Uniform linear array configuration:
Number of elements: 4
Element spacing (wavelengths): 0.75
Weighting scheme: hamming
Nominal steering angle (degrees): -45
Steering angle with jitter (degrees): -43.633
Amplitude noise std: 0.05
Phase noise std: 0.05

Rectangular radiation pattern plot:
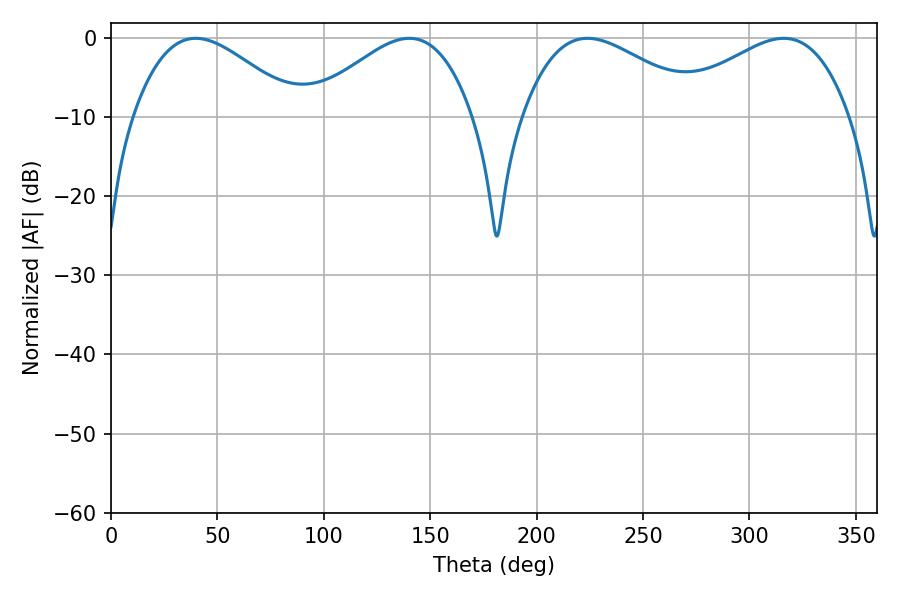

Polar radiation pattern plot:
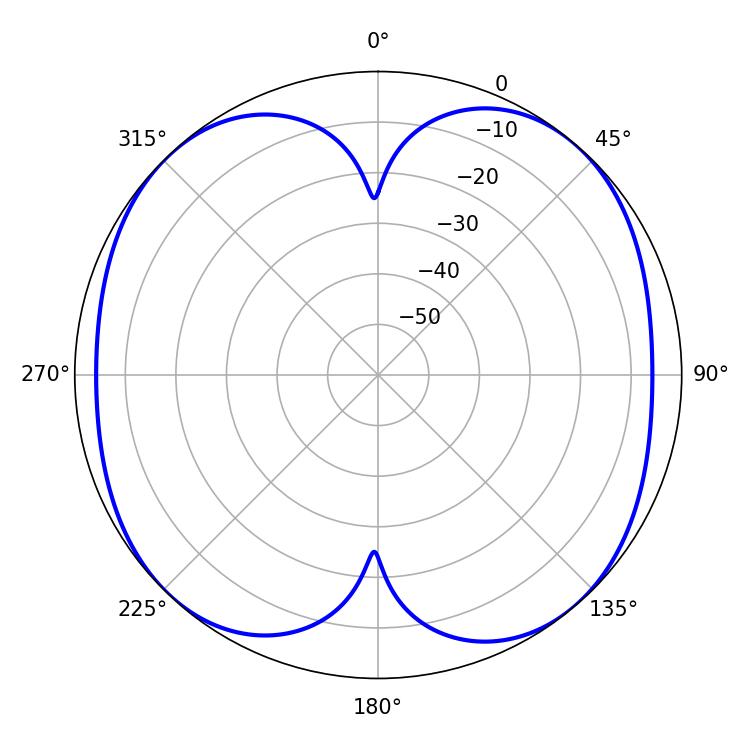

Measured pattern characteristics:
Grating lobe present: TRUE
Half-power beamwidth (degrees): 41.76
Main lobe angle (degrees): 39.78